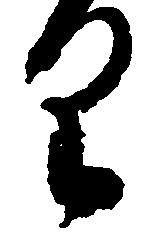
り